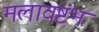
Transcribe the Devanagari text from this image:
मलावष्टंभ